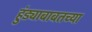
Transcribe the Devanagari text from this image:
हुंड्याबाबतच्या